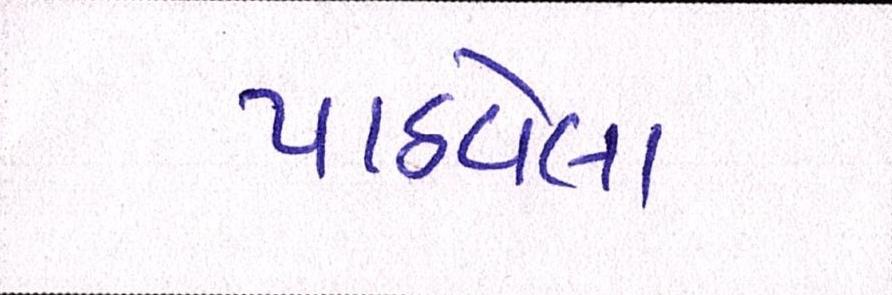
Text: પાઠવેલા